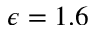
\epsilon = 1 . 6